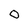
Character: 0